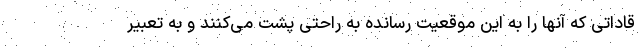
قاداتی که آنها را به این موقعیت رسانده به راحتی پشت می‌کنند و به تعبیر